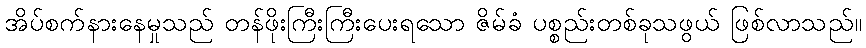
အိပ်စက်နားနေမှုသည် တန်ဖိုးကြီးကြီးပေးရသော ဇိမ်ခံ ပစ္စည်းတစ်ခုသဖွယ် ဖြစ်လာသည်။